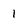
Character: 1